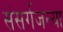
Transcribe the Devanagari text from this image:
संसर्गजन्या